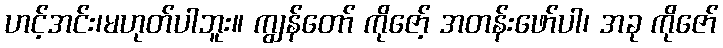
ဟင့်အင်း၊မဟုတ်ပါဘူး။ ကျွန်တော် ကိုဇော့် အတန်းဖော်ပါ၊ အခု ကိုဇော်